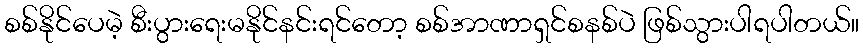
စစ်နိုင်ပေမဲ့ စီးပွားရေးမနိုင်နင်းရင်တော့ စစ်အာဏာရှင်စနစ်ပဲ ဖြစ်သွားပါရပါတယ်။